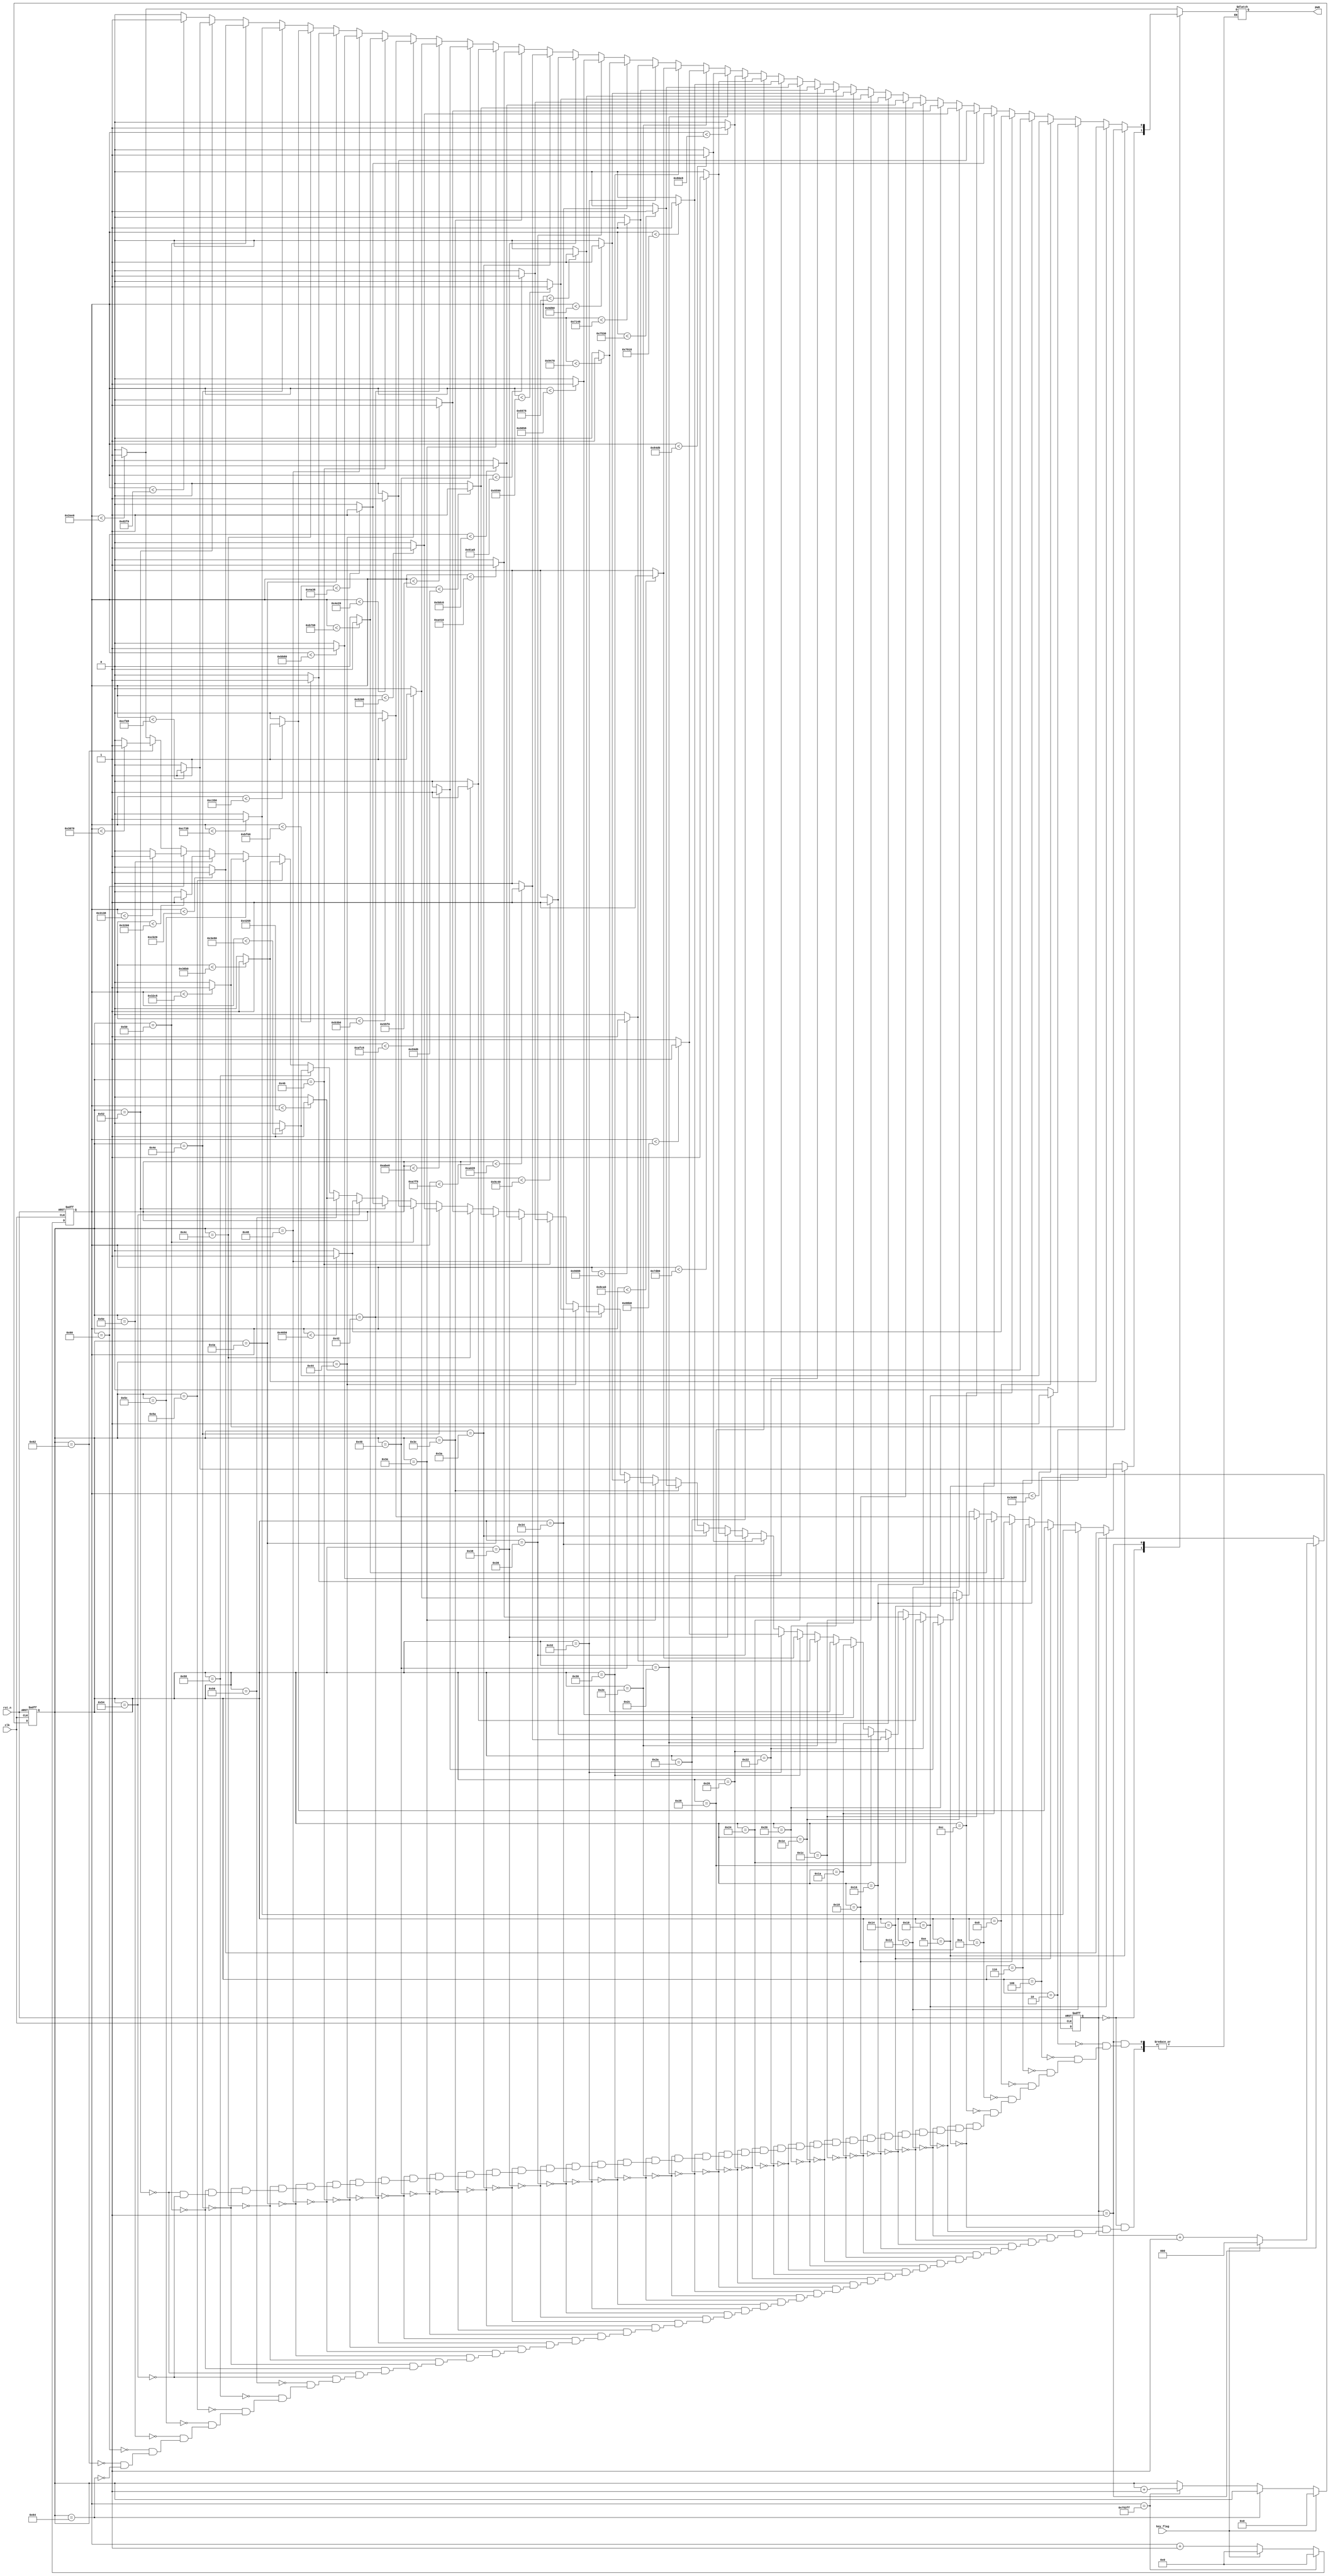
module So90_1(clk,
	rst_n,
	key_flag,
	pwm
    );
	
	
input clk;
input rst_n;
input key_flag;
output  reg pwm;

reg [19:0]cnt;
reg [2:0]state;
reg [7:0]count;
always @(posedge clk or negedge rst_n)
    if(!rst_n)
	    cnt <= 0;
	else if(cnt == 479999)
	    cnt <= 0;
	else if(key_flag)
	    cnt <= 0;
	else 
	    cnt <= cnt + 1'b1;
		


always @(posedge clk or negedge rst_n)
    if(!rst_n)
	    state <= 0;
	else if(key_flag)
	    if(state == 1)
	        state <= 0;
	    else 
	        state <= state + 1'b1;
	else 
	    state <= state;


always @(posedge clk or negedge rst_n)
    if(!rst_n)
        count <= 0;
    else if(key_flag)
        count <= 0;
    else if(count == 100)
        count <= count;
    else if(cnt == 479999)
        count <= count + 1'b1;
    else 
        count <= count;

always @(*)
    case(state)
	    0:if(count == 14)
              if(cnt < 53000)
	              pwm <= 1;
	          else
	              pwm <= 0;
          else if(count == 16)
              if(cnt < 52000)
	              pwm <= 1;
	          else
	              pwm <= 0;
          else if(count == 18)
              if(cnt < 51000)
	              pwm <= 1;
	          else
	              pwm <= 0;
          else if(count == 20)
	          if(cnt < 50000)
	              pwm <= 1;
	          else
	              pwm <= 0;
          else if(count == 22)
              if(cnt < 49000)
	              pwm <= 1;
	          else
	              pwm <= 0;
          else if(count == 24)
              if(cnt < 48000)
	              pwm <= 1;
	          else
	              pwm <= 0;
          else if(count == 26)
              if(cnt < 47000)
	              pwm <= 1;
	          else
	              pwm <= 0;
          else if(count == 28)
              if(cnt < 46000)
	              pwm <= 1;
	          else
	              pwm <= 0;
          else if(count == 30)
              if(cnt < 45000)
	              pwm <= 1;
	          else
	              pwm <= 0;
          else if(count == 32)
              if(cnt < 44000)
	              pwm <= 1;
	          else
	              pwm <= 0;
          else if(count == 34)
              if(cnt < 43000)
	              pwm <= 1;
	          else
	              pwm <= 0;
          else if(count == 36)
	          if(cnt < 42000)
	              pwm <= 1;
	          else
	              pwm <= 0;
          else if(count == 38)
              if(cnt < 41000)
	              pwm <= 1;
	          else
	              pwm <= 0;
          else if(count == 40)
              if(cnt < 40000)
	              pwm <= 1;
	          else
	              pwm <= 0;
          else if(count == 42)
              if(cnt < 39000)
	              pwm <= 1;
	          else
	              pwm <= 0;
          else if(count == 44)
              if(cnt < 38000)
	              pwm <= 1;
	          else
	              pwm <= 0;
          else if(count == 46)
              if(cnt < 37000)
	              pwm <= 1;
	          else
	              pwm <= 0;
          else if(count == 48)
              if(cnt < 36000)
	              pwm <= 1;
	          else
	              pwm <= 0;
          else if(count == 50)
	          if(cnt < 35000)
	              pwm <= 1;
	          else
	              pwm <= 0;
          else if(count == 52)
              if(cnt < 34000)
	              pwm <= 1;
	          else
	              pwm <= 0;
          else if(count == 54)
              if(cnt < 33000)
	              pwm <= 1;
	          else
	              pwm <= 0;
          else if(count == 56)
              if(cnt < 32000)
	              pwm <= 1;
	          else
	              pwm <= 0;
          else if(count == 58)
              if(cnt < 31000)
	              pwm <= 1;
	          else
	              pwm <= 0;
          else if(count == 60)
              if(cnt < 30000)
	              pwm <= 1;
	          else
	              pwm <= 0;
          else if(count == 62)
              if(cnt < 29000)
	              pwm <= 1;
	          else
	              pwm <= 0;
          else if(count == 64)
              if(cnt < 28000)
	              pwm <= 1;
	          else
	              pwm <= 0;
          else if(count == 66)
              if(cnt < 27000)
	              pwm <= 1;
	          else
	              pwm <= 0;
          else if(count == 68)
	          if(cnt < 26000)
	              pwm <= 1;
	          else
	              pwm <= 0;
          else if(count == 70)
              if(cnt < 25000)
	              pwm <= 1;
	          else
	              pwm <= 0;
          else if(count == 72)
              if(cnt < 24000)
	              pwm <= 1;
	          else
	              pwm <= 0;
          else if(count == 74)
              if(cnt < 23000)
	              pwm <= 1;
	          else
	              pwm <= 0;
          else if(count == 76)
              if(cnt < 22000)
	              pwm <= 1;
	          else
	              pwm <= 0;
          else if(count == 78)
              if(cnt < 21000)
	              pwm <= 1;
	          else
	              pwm <= 0;
          else if(count == 80)
              if(cnt < 20000)
	              pwm <= 1;
	          else
	              pwm <= 0;
          else if(count == 82)
              if(cnt < 19000)
	              pwm <= 1;
	          else
	              pwm <= 0;
          else if(count == 84)
	          if(cnt < 18000)
	              pwm <= 1;
	          else
	              pwm <= 0;
          else if(count == 86)
              if(cnt < 17000)
	              pwm <= 1;
	          else
	              pwm <= 0;
          else if(count == 88)
              if(cnt < 16000)
	              pwm <= 1;
	          else
	              pwm <= 0;
          else if(count == 90)
              if(cnt < 14000)
	              pwm <= 1;
	          else
	              pwm <= 0;
          else if(count == 92)
              if(cnt < 13000)
	              pwm <= 1;
	          else
	              pwm <= 0;
          else if(count == 94)
              if(cnt < 12800)
	              pwm <= 1;
	          else
	              pwm <= 0;
          else if(count == 96)
              if(cnt < 12600)
	              pwm <= 1;
	          else
	              pwm <= 0;
          else if(count == 98)
	          if(cnt < 12400)
	              pwm <= 1;
	          else
	              pwm <= 0;
          else if(count == 100)
	          if(cnt < 12000)
	              pwm <= 1;
	          else
	              pwm <= 0;
       1:if(count == 2)
	          if(cnt < 13000)
	              pwm <= 1;
	          else
	              pwm <= 0;
          else if(count == 4)
              if(cnt < 14000)
	              pwm <= 1;
	          else
	              pwm <= 0;
          else if(count == 6)
              if(cnt < 15000)
	              pwm <= 1;
	          else
	              pwm <= 0;
          else if(count == 8)
              if(cnt < 16000)
	              pwm <= 1;
	          else
	              pwm <= 0;
          else if(count == 10)
              if(cnt < 17000)
	              pwm <= 1;
	          else
	              pwm <= 0;
          else if(count == 12)
              if(cnt < 18000)
	              pwm <= 1;
	          else
	              pwm <= 0;
          else if(count == 14)
              if(cnt < 19000)
	              pwm <= 1;
	          else
	              pwm <= 0;
          else if(count == 16)
              if(cnt < 20000)
	              pwm <= 1;
	          else
	              pwm <= 0;
          else if(count == 18)
              if(cnt < 21000)
	              pwm <= 1;
	          else
	              pwm <= 0;
          else if(count == 20)
	          if(cnt < 22000)
	              pwm <= 1;
	          else
	              pwm <= 0;
          else if(count == 22)
              if(cnt < 23000)
	              pwm <= 1;
	          else
	              pwm <= 0;
          else if(count == 24)
              if(cnt < 24000)
	              pwm <= 1;
	          else
	              pwm <= 0;
          else if(count == 26)
              if(cnt < 25000)
	              pwm <= 1;
	          else
	              pwm <= 0;
          else if(count == 28)
              if(cnt < 26000)
	              pwm <= 1;
	          else
	              pwm <= 0;
          else if(count == 30)
              if(cnt < 27000)
	              pwm <= 1;
	          else
	              pwm <= 0;
          else if(count == 32)
              if(cnt < 28000)
	              pwm <= 1;
	          else
	              pwm <= 0;
          else if(count == 34)
              if(cnt < 29000)
	              pwm <= 1;
	          else
	              pwm <= 0;
          else if(count == 36)
	          if(cnt < 30000)
	              pwm <= 1;
	          else
	              pwm <= 0;
          else if(count == 38)
              if(cnt < 31000)
	              pwm <= 1;
	          else
	              pwm <= 0;
          else if(count == 40)
              if(cnt < 32000)
	              pwm <= 1;
	          else
	              pwm <= 0;
          else if(count == 42)
              if(cnt < 33000)
	              pwm <= 1;
	          else
	              pwm <= 0;
          else if(count == 44)
              if(cnt < 34000)
	              pwm <= 1;
	          else
	              pwm <= 0;
          else if(count == 46)
              if(cnt < 35000)
	              pwm <= 1;
	          else
	              pwm <= 0;
          else if(count == 48)
              if(cnt < 36000)
	              pwm <= 1;
	          else
	              pwm <= 0;
          else if(count == 50)
	          if(cnt < 37000)
	              pwm <= 1;
	          else
	              pwm <= 0;
          else if(count == 52)
              if(cnt < 38000)
	              pwm <= 1;
	          else
	              pwm <= 0;
          else if(count == 54)
              if(cnt < 39000)
	              pwm <= 1;
	          else
	              pwm <= 0;
          else if(count == 56)
              if(cnt < 40000)
	              pwm <= 1;
	          else
	              pwm <= 0;
          else if(count == 58)
              if(cnt < 41000)
	              pwm <= 1;
	          else
	              pwm <= 0;
          else if(count == 60)
              if(cnt < 42000)
	              pwm <= 1;
	          else
	              pwm <= 0;
          else if(count == 62)
              if(cnt < 43000)
	              pwm <= 1;
	          else
	              pwm <= 0;
          else if(count == 64)
              if(cnt < 44000)
	              pwm <= 1;
	          else
	              pwm <= 0;
          else if(count == 66)
              if(cnt < 45000)
	              pwm <= 1;
	          else
	              pwm <= 0;
          else if(count == 68)
	          if(cnt < 46000)
	              pwm <= 1;
	          else
	              pwm <= 0;
          else if(count == 70)
              if(cnt < 47000)
	              pwm <= 1;
	          else
	              pwm <= 0;
          else if(count == 72)
              if(cnt < 48000)
	              pwm <= 1;
	          else
	              pwm <= 0;
          else if(count == 74)
              if(cnt < 49000)
	              pwm <= 1;
	          else
	              pwm <= 0;
          else if(count == 76)
              if(cnt < 50000)
	              pwm <= 1;
	          else
	              pwm <= 0;
          else if(count == 78)
              if(cnt < 51000)
	              pwm <= 1;
	          else
	              pwm <= 0;
          else if(count == 80)
              if(cnt < 52000)
	              pwm <= 1;
	          else
	              pwm <= 0;
          else if(count == 82)
              if(cnt < 53000)
	              pwm <= 1;
	          else
	              pwm <= 0;
          else if(count == 84)
	          if(cnt < 54000)
	              pwm <= 1;
	          else
	              pwm <= 0;
		default:if(cnt < 12000) pwm <= 1;else pwm <= 0;
	endcase
 
endmodule